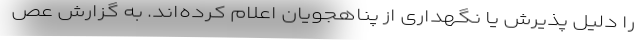
را دلیل پذیرش یا نگهداری از پناهجویان اعلام کرده‌اند. به گزارش عص